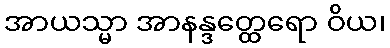
အာယသ္မာ အာနန္ဒတ္ထေရော ဝိယ၊